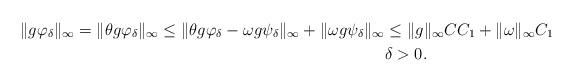
LaTeX: \begin{align*}\|g\varphi_\delta\|_\infty=\|\theta g\varphi_\delta\|_\infty\leq\|\theta g\varphi_\delta- \omega g \psi_\delta\|_\infty + \|\omega g \psi_\delta\|_\infty & \leq \|g\|_\infty CC_1+\|\omega\|_\infty C_1\\& \delta>0.\end{align*}